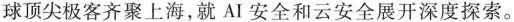
球顶尖极客齐聚上海，就AI安全和云安全展开深度探索。